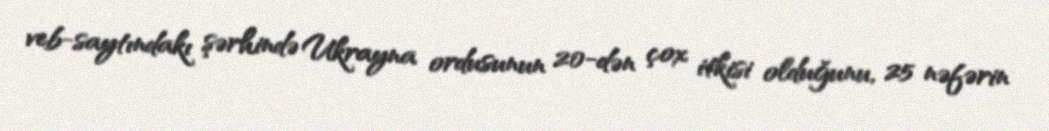
veb-saytındakı şərhində Ukrayna ordusunun 20-dən çox itkisi olduğunu, 25 nəfərin